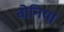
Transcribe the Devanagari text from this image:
बोनिया